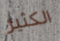
الكثير